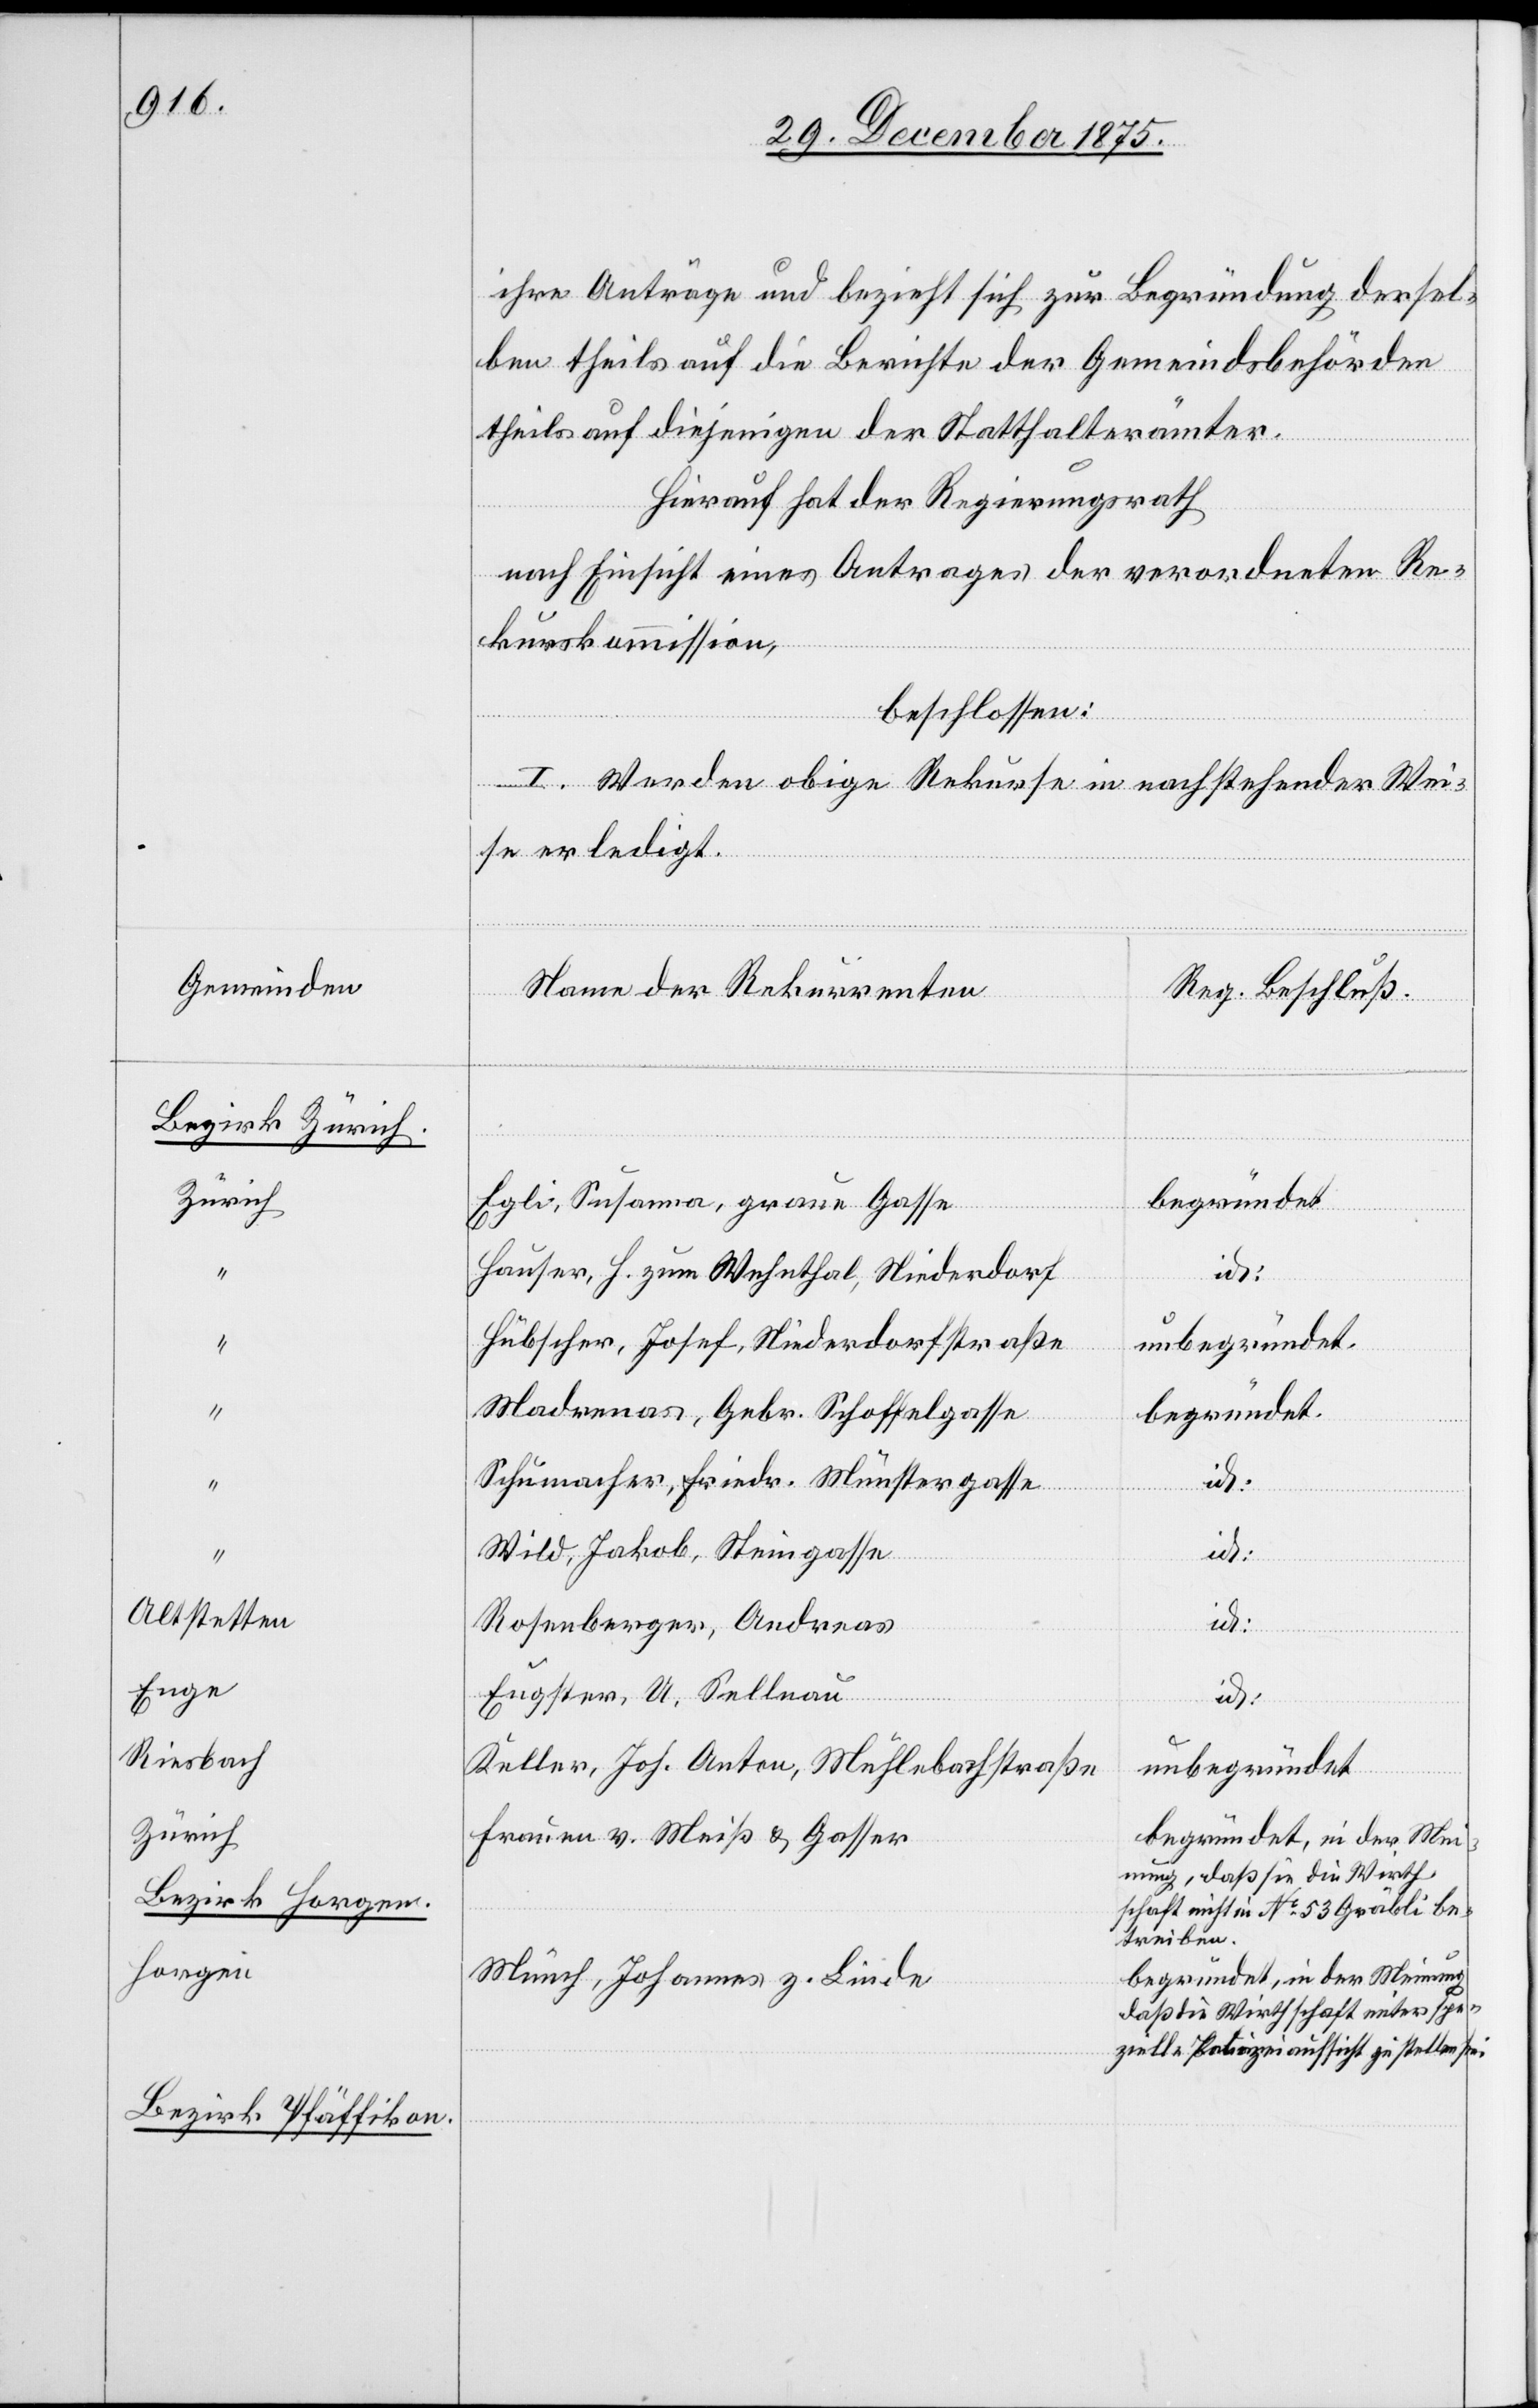
Gemeinden
Bezirk Zürich.
Zürich
Altstetten
Enge
Riesbach
Bezirk
Horgen
Bezirks Pfäffikon

ihre Anträge und bezieht sich zur Begründung dersel¬
ben theils auf die Berichte der Gemeindsbehörden
theils auf diejenigen der Statthalterämter.
Hierauf hat der Regierungsrath
nach Einsicht eines Antrages der verordneten Re¬
kurskommission,
beschlossen:
I. Werden obige Rekurse in nachstehender Wei¬
se erledigt.
Name der Rekurrenten
Reg. Beschluß
“
Egli, Susanna, graue Gasse
Hauser, H. zum Wehnthal, Niederdorf
id:
Hübscher, Josef, Niederdorfstraße
unbegründet.
Madrenas, Gebr. Schoffelgasse
begründet.
Schumacher, Friedr. Münstergasse
Wild, Jakob, Steingasse
Rosenberger, Andreas
Eugster, U. Sellnau
Keller, Joh. Anton, Mühlebachstraße
unbegründet
Frauen v. Meiß & Gasser
begründet, in der Mei¬
nung, daß sie die Wirth¬
schaft nicht in No 53 Gräbli be¬
treiben.
begründet, in der Meinung,
Münch, Johannes z. Linde
daß die Wirthschaft unter spe¬
zielle Polizeiaufsicht zu stellen sei.